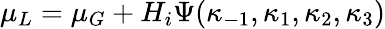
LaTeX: \mu_{L}=\mu_{G}+H_{i}\Psi(\kappa_{-1},\kappa_{1},\kappa_{2},\kappa_{3})